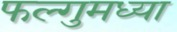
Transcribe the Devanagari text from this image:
फल्गुमध्या